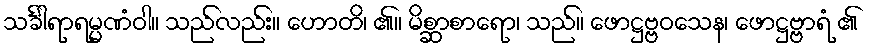
သင်္ခါရာရမ္မဏံဝါ။ သည်လည်း။ ဟောတိ၊ ၏။ မိစ္ဆာစာရော၊ သည်။ ဖောဋ္ဌဗ္ဗဝသေန၊ ဖောဋ္ဌဗ္ဗာရံ ၏